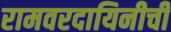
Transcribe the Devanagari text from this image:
रामवरदायिनीची